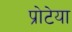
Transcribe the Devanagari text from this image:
प्रोटेया